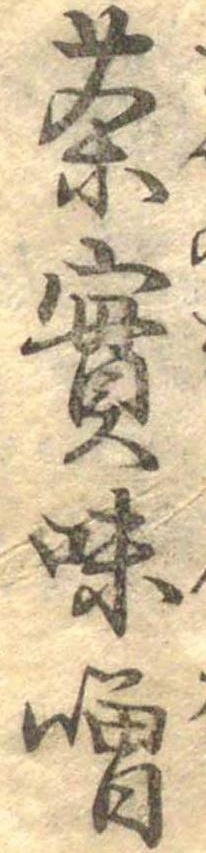
茶実味噌